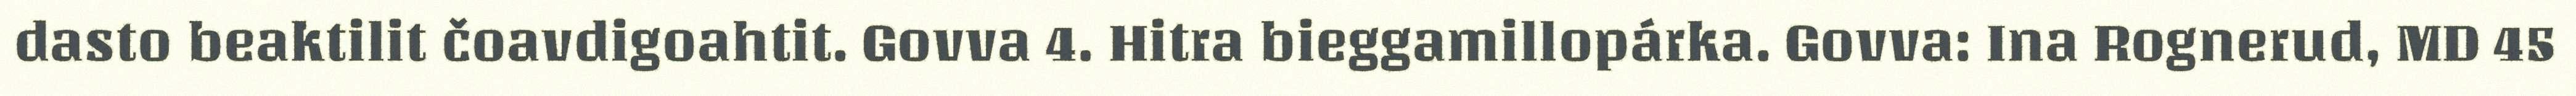
dasto beaktilit čoavdigoahtit. Govva 4. Hitra bieggamillopárka. Govva: Ina Rognerud, MD 45